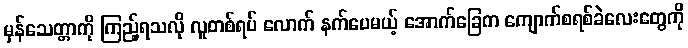
မှန်သေတ္တာကို ကြည့်ရသလို လူတစ်ရပ် လောက် နက်ပေမယ့် အောက်ခြေက ကျောက်စရစ်ခဲလေးတွေကို